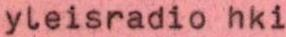
yleisradio hki